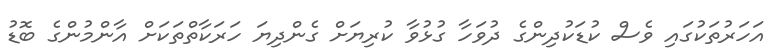
އަހަރުތަކުގައި ވެސް ކުޑަކުދިންގެ ދުވަހާ ގުޅުވާ ކުރިޔަށް ގެންދިޔަ ހަރަކާތްތަކަށް އާންމުންގެ ބޮޑު